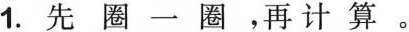
1.先圈一圈，再计算。